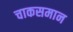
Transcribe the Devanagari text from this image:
चाकसमान